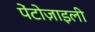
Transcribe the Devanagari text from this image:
पेंटोज़ाइली